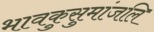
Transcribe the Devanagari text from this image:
भावकुसुमांजलि